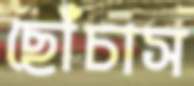
ছোঁচাস